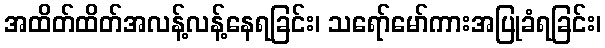
အထိတ်ထိတ်အလန့်လန့်နေရခြင်း၊ သရော်မော်ကားအပြုခံရခြင်း၊